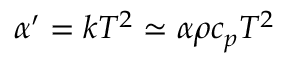
\alpha ^ { \prime } = k T ^ { 2 } \simeq \alpha \rho c _ { p } T ^ { 2 }